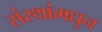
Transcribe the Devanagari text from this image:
संस्थांमधुन